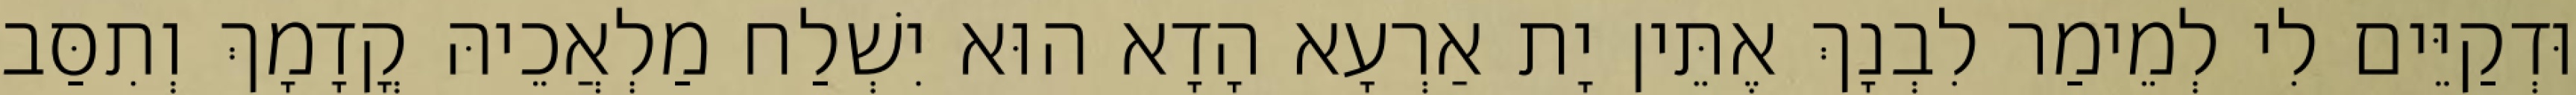
וּדְקַיֵּים לִי לְמֵימַר לִבְנָךְ אֶתֵּין יָת אַרְעָא הָדָא הוּא יִשְׁלַח מַלְאֲכֵיהּ קֳדָמָךְ וְתִסַּב